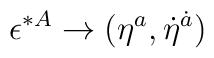
\epsilon^{*A} \to (\eta^a,  \dot \eta^{\dot a})